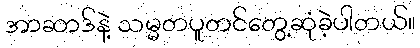
အာဆာဒ်နဲ့ သမ္မတပူတင်တွေ့ဆုံခဲ့ပါတယ်။